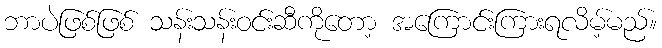
ဘာပဲဖြစ်ဖြစ် သန်းသန်းဝင်းဆီကိုတော့ အကြောင်းကြားရလိမ့်မည်။